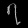
Digit: ၇